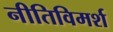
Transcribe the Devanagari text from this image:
नीतिविमर्श